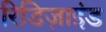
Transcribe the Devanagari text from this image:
रिडिज़ाइंड